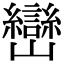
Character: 巒